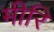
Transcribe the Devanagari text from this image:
मीरि